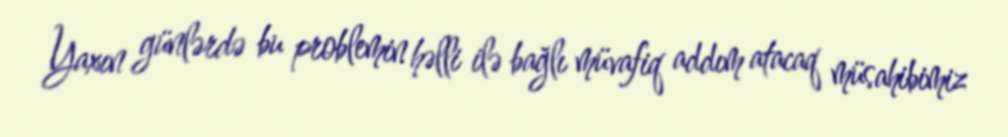
Yaxın günlərdə bu problemin həlli ilə bağlı müvafiq addım atacaq müsahibimiz